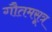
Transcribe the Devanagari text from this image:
गौतमसूत्र